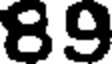
89